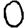
Digit: 0